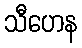
သီဟေန